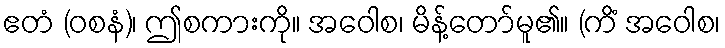
ဧတံ (ဝစနံ)၊ ဤစကားကို။ အဝေါစ၊ မိန့်တော်မူ၏။ (ကိံ အဝေါစ၊